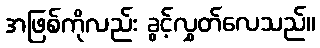
အဖြစ်ကိုလည်း ခွင့်လွှတ်လေသည်။